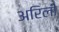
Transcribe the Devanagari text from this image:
अरिली